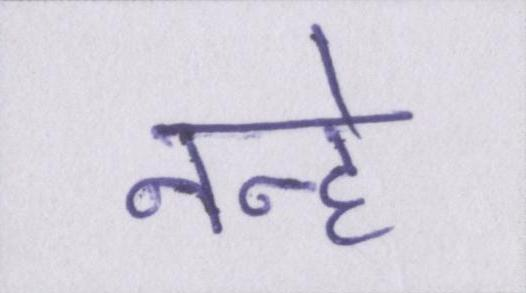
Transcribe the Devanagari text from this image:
नन्हे